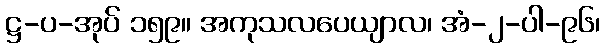
ဋ္ဌ-ပ-အုပ် ၁၅၉။ အကုသလပေယျာလ၊ အံ-၂-ပါ-၉၆၊